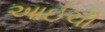
આઈચી